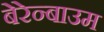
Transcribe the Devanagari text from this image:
बेरेन्बाउम